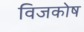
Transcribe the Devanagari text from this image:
विजकोष